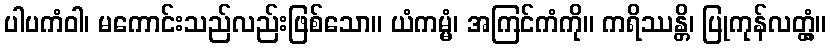
ပါပကံဝါ၊ မကောင်းသည်လည်းဖြစ်သော။ ယံကမ္မံ၊ အကြင်ကံကို။ ကရိဿန္တိ၊ ပြုကုန်လတ္တံ့။